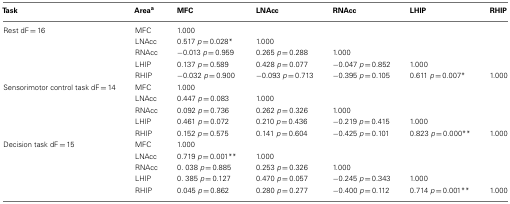
<table><thead><tr><td><b>Task</b></td><td><b>Area<sup>a</sup></b></td><td><b>MFC</b></td><td><b>LNAcc</b></td><td><b>RNAcc</b></td><td><b>LHIP</b></td><td><b>RHIP</b></td></tr></thead><tbody><tr><td>Rest dF = 16</td><td>MFC</td><td>1.000</td><td>[EMPTY_CELL]</td><td>[EMPTY_CELL]</td><td>[EMPTY_CELL]</td><td>[EMPTY_CELL]</td></tr><tr><td>[EMPTY_CELL]</td><td>LNAcc</td><td>0.517 <i>p</i> = 0.028*</td><td>1.000</td><td>[EMPTY_CELL]</td><td>[EMPTY_CELL]</td><td>[EMPTY_CELL]</td></tr><tr><td>[EMPTY_CELL]</td><td>RNAcc</td><td>−0.013 <i>p</i> = 0.959</td><td>0.265 <i>p</i> = 0.288</td><td>1.000</td><td>[EMPTY_CELL]</td><td>[EMPTY_CELL]</td></tr><tr><td>[EMPTY_CELL]</td><td>LHIP</td><td>0.137 <i>p</i> = 0.589</td><td>0.428 <i>p</i> = 0.077</td><td>−0.047 <i>p</i> = 0.852</td><td>1.000</td><td>[EMPTY_CELL]</td></tr><tr><td>[EMPTY_CELL]</td><td>RHIP</td><td>−0.032 <i>p</i> = 0.900</td><td>−0.093 <i>p</i> = 0.713</td><td>−0.395 <i>p</i> = 0.105</td><td>0.611 <i>p</i> = 0.007*</td><td>1.000</td></tr><tr><td>Sensorimotor control task dF = 14</td><td>MFC</td><td>1.000</td><td>[EMPTY_CELL]</td><td>[EMPTY_CELL]</td><td>[EMPTY_CELL]</td><td>[EMPTY_CELL]</td></tr><tr><td>[EMPTY_CELL]</td><td>LNAcc</td><td>0.447 <i>p</i> = 0.083</td><td>1.000</td><td>[EMPTY_CELL]</td><td>[EMPTY_CELL]</td><td>[EMPTY_CELL]</td></tr><tr><td>[EMPTY_CELL]</td><td>RNAcc</td><td>0.092 <i>p</i> = 0.736</td><td>0.262 <i>p</i> = 0.326</td><td>1.000</td><td>[EMPTY_CELL]</td><td>[EMPTY_CELL]</td></tr><tr><td>[EMPTY_CELL]</td><td>LHIP</td><td>0.461 <i>p</i> = 0.072</td><td>0.210 <i>p</i> = 0.436</td><td>−0.219 <i>p</i> = 0.415</td><td>1.000</td><td>[EMPTY_CELL]</td></tr><tr><td>[EMPTY_CELL]</td><td>RHIP</td><td>0.152 <i>p</i> = 0.575</td><td>0.141 <i>p</i> = 0.604</td><td>−0.425 <i>p</i> = 0.101</td><td>0.823 <i>p</i> = 0.000**</td><td>1.000</td></tr><tr><td>Decision task dF = 15</td><td>MFC</td><td>1.000</td><td>[EMPTY_CELL]</td><td>[EMPTY_CELL]</td><td>[EMPTY_CELL]</td><td>[EMPTY_CELL]</td></tr><tr><td>[EMPTY_CELL]</td><td>LNAcc</td><td>0.719 <i>p</i> = 0.001**</td><td>1.000</td><td>[EMPTY_CELL]</td><td>[EMPTY_CELL]</td><td>[EMPTY_CELL]</td></tr><tr><td>[EMPTY_CELL]</td><td>RNAcc</td><td>0. 038 <i>p</i> = 0.885</td><td>0.253 <i>p</i> = 0.326</td><td>1.000</td><td>[EMPTY_CELL]</td><td>[EMPTY_CELL]</td></tr><tr><td>[EMPTY_CELL]</td><td>LHIP</td><td>0. 385 <i>p</i> = 0.127</td><td>0.470 <i>p</i> = 0.057</td><td>−0.245 <i>p</i> = 0.343</td><td>1.000</td><td>[EMPTY_CELL]</td></tr><tr><td>[EMPTY_CELL]</td><td>RHIP</td><td>0.045 <i>p</i> = 0.862</td><td>0.280 <i>p</i> = 0.277</td><td>−0.400 <i>p</i> = 0.112</td><td>0.714 <i>p</i> = 0.001**</td><td>1.000</td></tr></tbody></table>